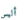
أليس